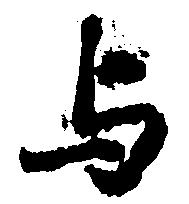
与